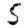
Digit: 5